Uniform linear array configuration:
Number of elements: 24
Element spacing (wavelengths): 0.5
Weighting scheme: binomial
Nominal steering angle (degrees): -60
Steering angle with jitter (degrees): -59.116
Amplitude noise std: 0.05
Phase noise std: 0.05

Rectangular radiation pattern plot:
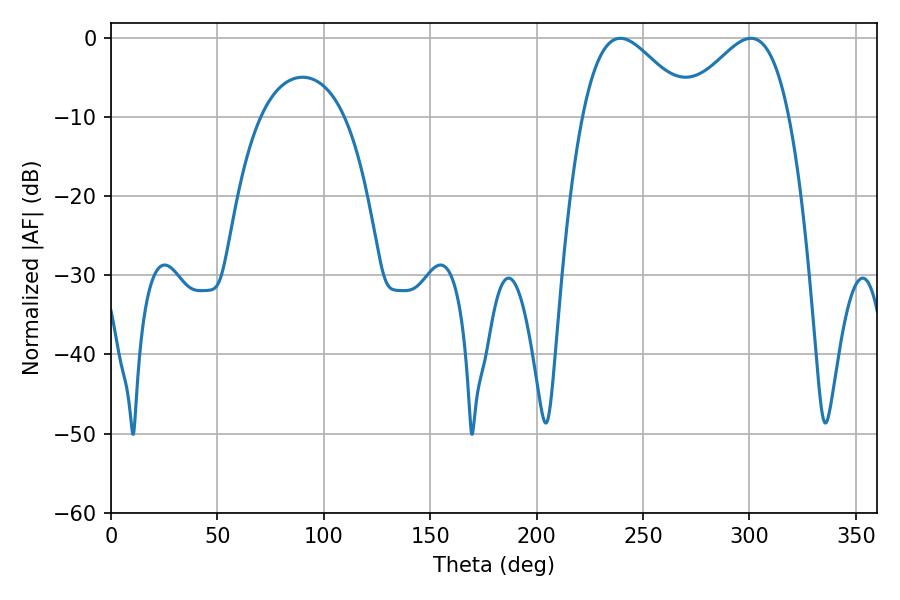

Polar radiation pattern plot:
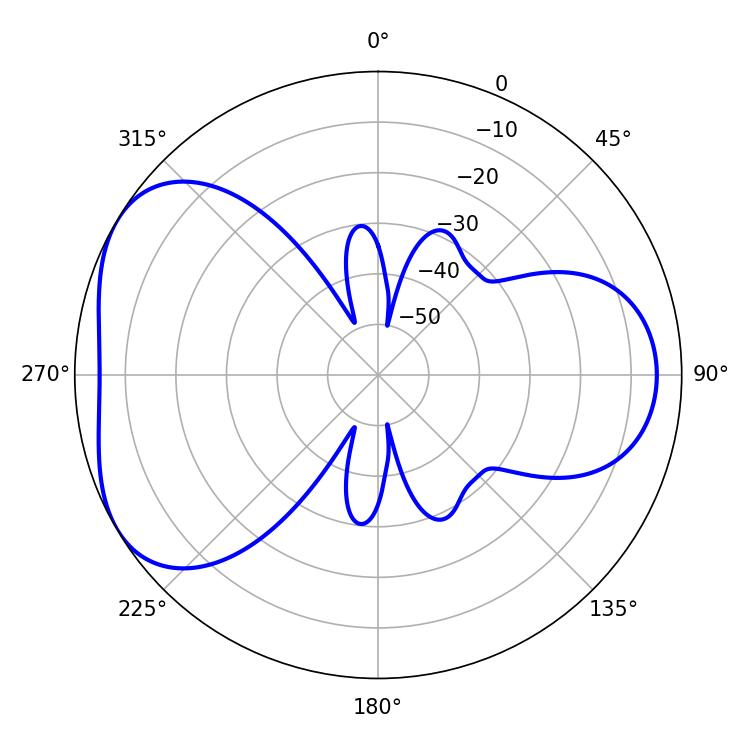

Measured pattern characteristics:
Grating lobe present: FALSE
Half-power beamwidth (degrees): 27
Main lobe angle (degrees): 239.4